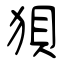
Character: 狽